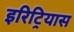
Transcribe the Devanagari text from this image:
इरिट्रियास